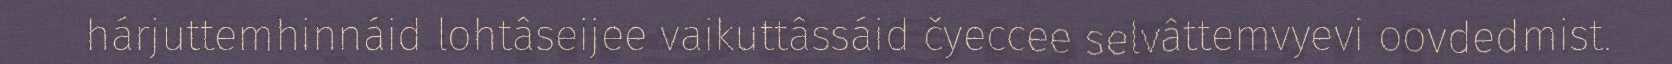
hárjuttemhinnáid lohtâseijee vaikuttâssáid čyeccee selvâttemvyevi oovdedmist.